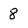
Character: 8